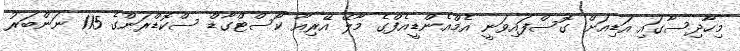
މިހާދިސާގައި އަޑިއަށް ގޮސްފައިވަނީ އެމްއެންޑީއެފްގެ މާލޭ އޭރިއާ ކޯސްޓްގާޑް ސްކޮޑްރަންގެ 115 ނަންބަރު